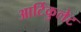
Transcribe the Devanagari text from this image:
आर्टिकुलेट